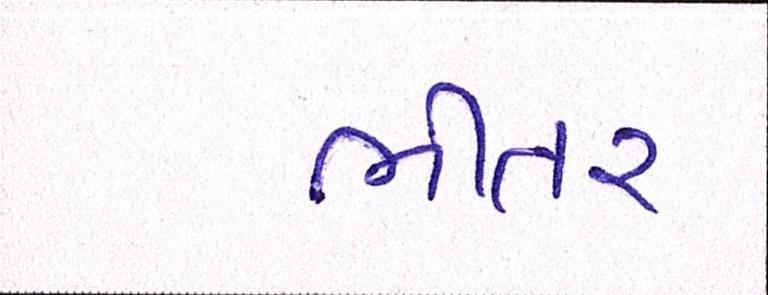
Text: ભીતર